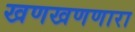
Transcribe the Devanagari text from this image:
खणखणणारा